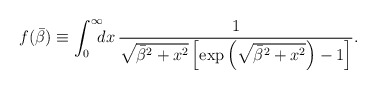
\begin{align*}f(\bar{\beta}) \equiv \int^{\infty}_0\!\!\! dx\, \frac{1}{\sqrt{\bar{\beta}^2 + x^2} \left[\exp\left(\sqrt{\bar{\beta}^2 + x^2} \right) - 1\right]}.\end{align*}